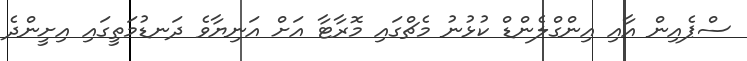
ސްޕެއިން އާއި އިންގްލެންޑް ކުޅުނު މެޗްގައި މޮރާޓާ އަށް އަނިޔާވެ ދަނޑުމަތީގައި އިށީންދެ